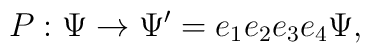
P:\Psi \rightarrow \Psi ^{\prime }=e_{1}e_{2}e_{3}e_{4}\Psi ,